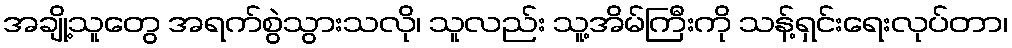
အချို့သူတွေ အရက်စွဲသွားသလို၊ သူလည်း သူ့အိမ်ကြီးကို သန့်ရှင်းရေးလုပ်တာ၊